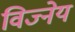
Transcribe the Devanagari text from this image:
विज्नेय